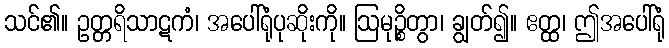
သင်၏။ ဥတ္တရိသာဋကံ၊ အပေါ်ရုံပုဆိုးကို။ ဩမုဉ္စိတွာ၊ ချွတ်၍။ ဧတ္ထ၊ ဤအပေါ်ရုံ